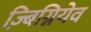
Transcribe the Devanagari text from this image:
ज़्बिग्नियेव